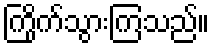
ကြိုက်သွားကြသည်။